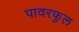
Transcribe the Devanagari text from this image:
पावरफुल